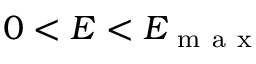
0 < E < E _ { \mathrm { ~ m ~ a ~ x ~ } }